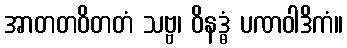
အာတတဝိတတံ သဗ္ဗ၊ ဝိနဒ္ဓံ ပဏဝါဒိကံ။